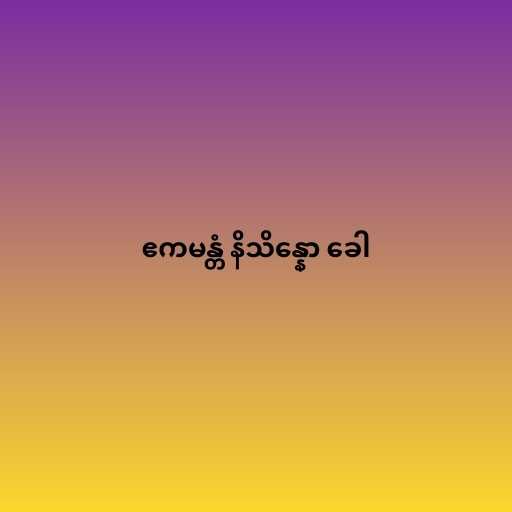
ဧကမန္တံ နိသိန္နော ခေါ